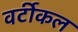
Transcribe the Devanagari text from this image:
वर्टीकल